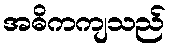
အဓိကကျသည်